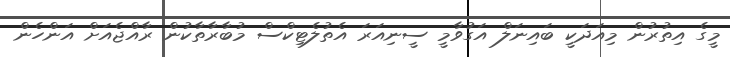
މީގެ އިތުރުން މިއަދަކީ ބައިނަލް އަގުވާމީ ސީނިއަރަ އެތުލެޓިކްސް މުބާރާތާކުން ރާއްޖެއަށް އަންހެން